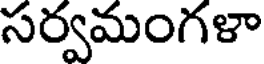
సర్వమంగళా